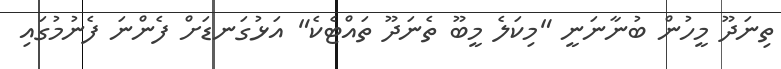
ތިނަދޫ މީހުން ބުނާނަނީ "މިކަލެ މީބޫ ތެނަދޫ ތައްޓެކެ" އަޅުގަނޑަށް ފެންނަ ފެނުުމުގައި